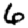
Digit: 6